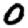
Digit: 0